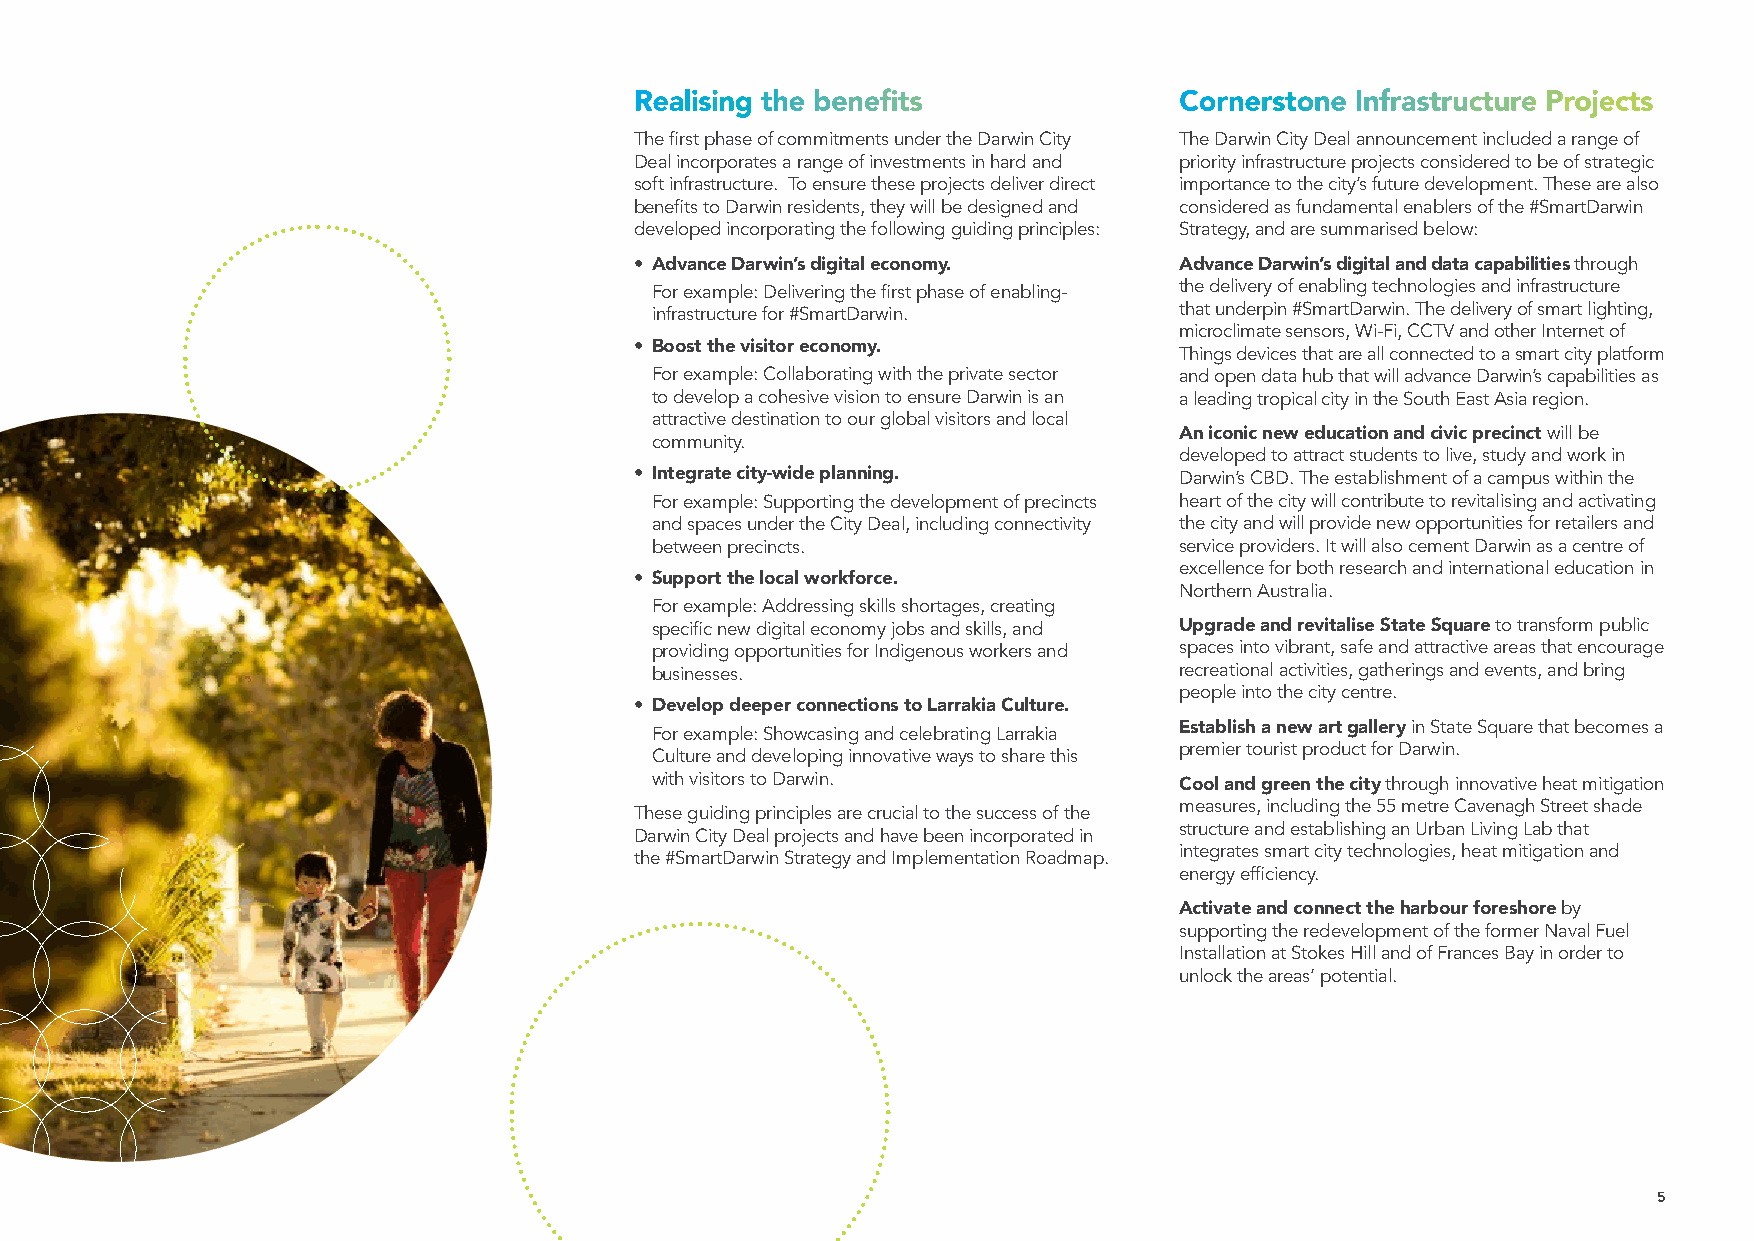
Realising the benefits              Cornerstone Infrastructure Projects
 The first phase of commitments under the Darwin City The Darwin City Deal announcement included a range of
 Deal incorporates a range of investments in hard and priority infrastructure projects considered to be of strategic
 soft infrastructure. To ensure these projects deliver direct importance to the city’s future development. These are also
 benefits to Darwin residents, they will be designed and considered as fundamental enablers of the #SmartDarwin
 developed incorporating the following guiding principles: Strategy, and are summarised below:
 • Advance Darwin’s digital economy. Advance Darwin’s digital and data capabilities through
 For example: Delivering the first phase of enabling- the delivery of enabling technologies and infrastructure
 infrastructure for #SmartDarwin.   that underpin #SmartDarwin. The delivery of smart lighting,
 microclimate sensors, Wi-Fi, CCTV and other Internet of
 • Boost the visitor economy.
 Things devices that are all connected to a smart city platform
 For example: Collaborating with the private sector and open data hub that will advance Darwin’s capabilities as
 to develop a cohesive vision to ensure Darwin is an a leading tropical city in the South East Asia region.
 attractive destination to our global visitors and local
 An iconic new education and civic precinct will be
 community.
 developed to attract students to live, study and work in
 • Integrate city-wide planning.     Darwin’s CBD. The establishment of a campus within the
 For example: Supporting the development of precincts heart of the city will contribute to revitalising and activating
 and spaces under the City Deal, including connectivity the city and will provide new opportunities for retailers and
 between precincts.                 service providers. It will also cement Darwin as a centre of
 excellence for both research and international education in
 • Support the local workforce.
 Northern Australia.
 For example: Addressing skills shortages, creating
 specific new digital economy jobs and skills, and Upgrade and revitalise State Square to transform public
 providing opportunities for Indigenous workers and spaces into vibrant, safe and attractive areas that encourage
 businesses.                        recreational activities, gatherings and events, and bring
 people into the city centre.
 • Develop deeper connections to Larrakia Culture.
 Establish a new art gallery in State Square that becomes a
 For example: Showcasing and celebrating Larrakia
 premier tourist product for Darwin.
 Culture and developing innovative ways to share this
 with visitors to Darwin.           Cool and green the city through innovative heat mitigation
 measures, including the 55 metre Cavenagh Street shade
 These guiding principles are crucial to the success of the
 structure and establishing an Urban Living Lab that
 Darwin City Deal projects and have been incorporated in
 integrates smart city technologies, heat mitigation and
 the #SmartDarwin Strategy and Implementation Roadmap.
 energy efficiency.
 Activate and connect the harbour foreshore by
 supporting the redevelopment of the former Naval Fuel
 Installation at Stokes Hill and of Frances Bay in order to
 unlock the areas’ potential.
 5